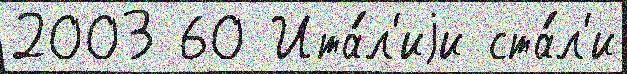
2003 60 Ита́л'иjи ста́л'и